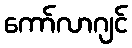
ကော်လာဂျင်